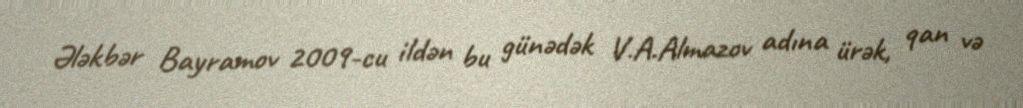
Ələkbər Bayramov 2009-cu ildən bu günədək V.A.Almazov adına ürək, qan və